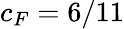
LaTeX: c_{F}=6/11